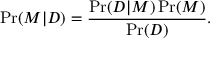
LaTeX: \operatorname* { P r } ( M | D ) = { \frac { \operatorname* { P r } ( D | M ) \operatorname* { P r } ( M ) } { \operatorname* { P r } ( D ) } } .